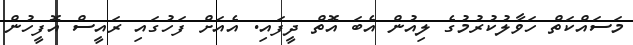
މަސައްކަތް ހަވާލުކުރުމުގެ ލިއުން އެބަ އޮތް ދީފައި. އެއަށް ފަހުގައި ރައީސް އޮފީހުން